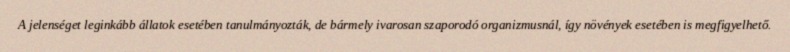
A jelenséget leginkább állatok esetében tanulmányozták, de bármely ivarosan szaporodó organizmusnál, így növények esetében is megfigyelhető.